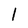
Character: 1